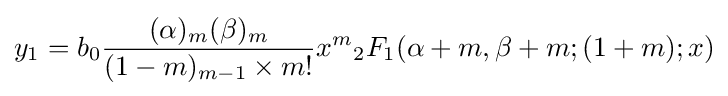
y_{1}=b_{0}{\frac {(\alpha )_{m}(\beta )_{m}}{(1-m)_{m-1}\times m!}}x^{m}{_{2}F_{1}}(\alpha +m,\beta +m;(1+m);x)